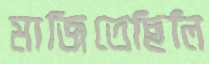
মাজিতেছিলি